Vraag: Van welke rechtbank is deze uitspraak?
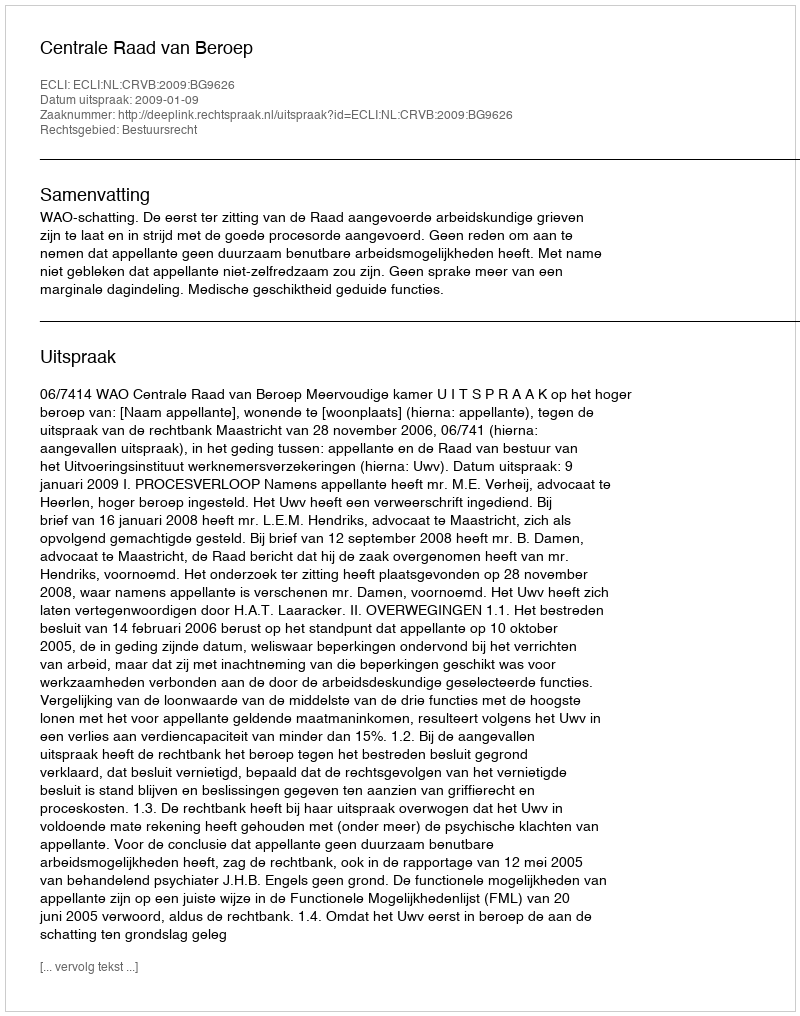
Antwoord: Centrale Raad van Beroep